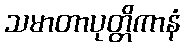
သမာတာပုတ္တိကာနံ